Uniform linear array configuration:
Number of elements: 32
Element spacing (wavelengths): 1
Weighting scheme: hamming
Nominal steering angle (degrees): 60
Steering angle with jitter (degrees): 61.406
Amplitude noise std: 0.05
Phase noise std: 0.05

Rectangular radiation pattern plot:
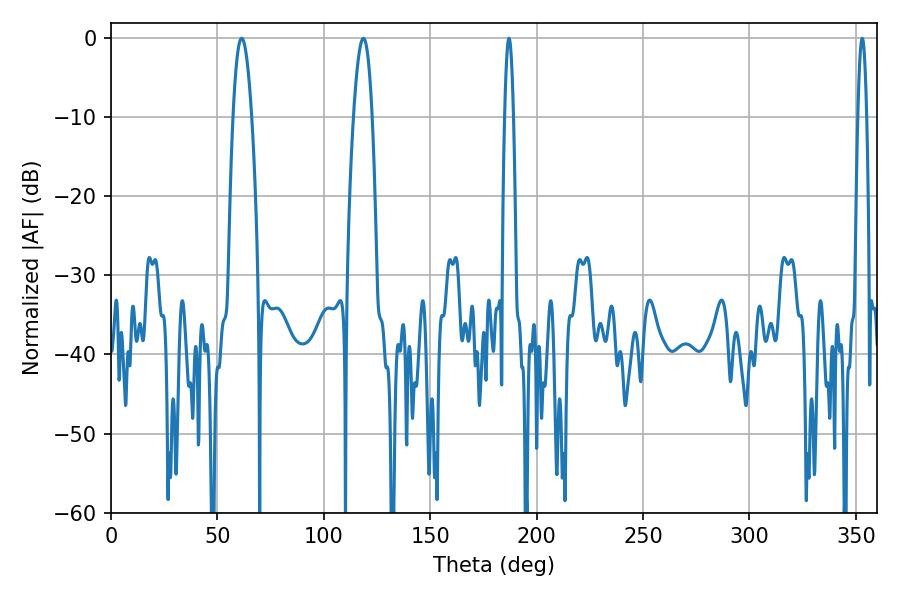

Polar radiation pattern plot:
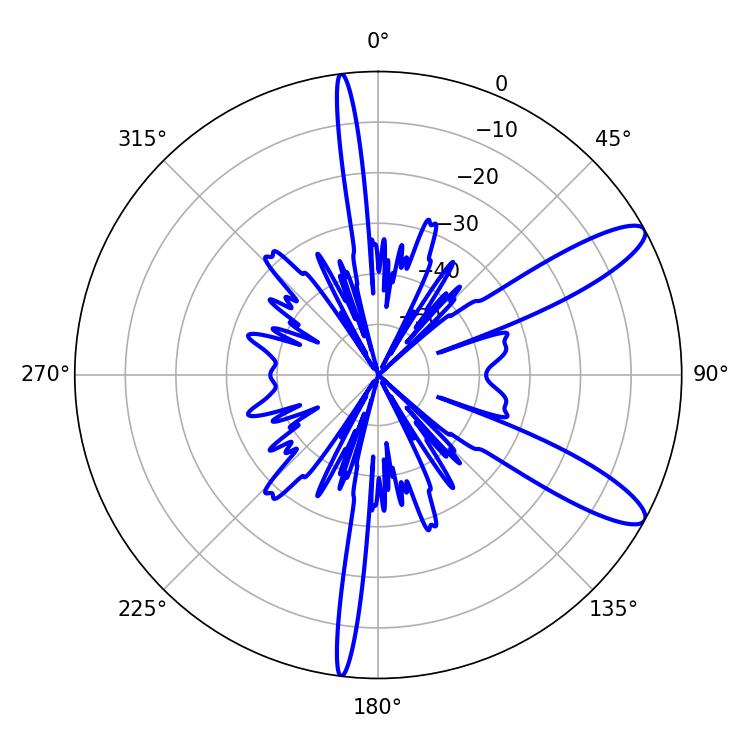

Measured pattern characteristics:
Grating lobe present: TRUE
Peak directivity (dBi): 11.268
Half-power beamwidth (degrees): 4.86
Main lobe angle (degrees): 61.38